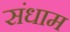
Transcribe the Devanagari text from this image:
संधाम